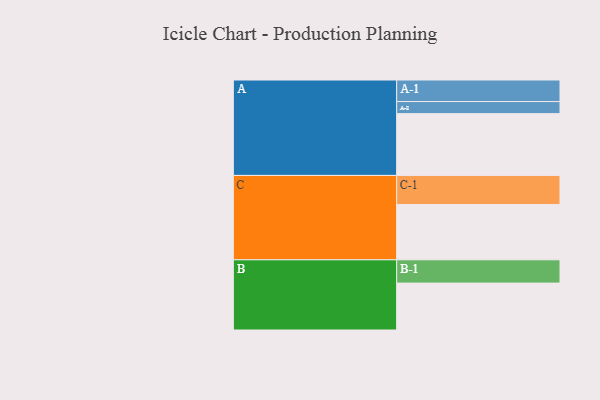
{"axis": {"x": "Segment", "y": "Value"}, "legend": ["", "A", "B", "C"], "data": [{"x": "A", "y": 536, "type": ""}, {"x": "B", "y": 407, "type": ""}, {"x": "C", "y": 480, "type": ""}, {"x": "A-1", "y": 187, "type": "A"}, {"x": "A-2", "y": 105, "type": "A"}, {"x": "B-1", "y": 202, "type": "B"}, {"x": "C-1", "y": 252, "type": "C"}]}